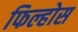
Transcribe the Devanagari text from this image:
फिल्होस